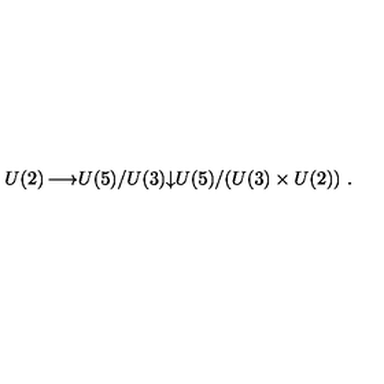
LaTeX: \begin{matrix} { U ( 2 ) } & { \longrightarrow } & { U ( 5 ) / U ( 3 ) } \\ { } & { } & { \downarrow } \\ { } & { } & { U ( 5 ) / ( U ( 3 ) \times U ( 2 ) ) \ . } \\ \end{matrix}